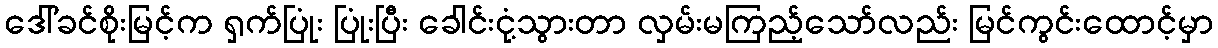
ဒေါ်ခင်စိုးမြင့်က ရှက်ပြုံး ပြုံးပြီး ခေါင်းငုံ့သွားတာ လှမ်းမကြည့်သော်လည်း မြင်ကွင်းထောင့်မှာ